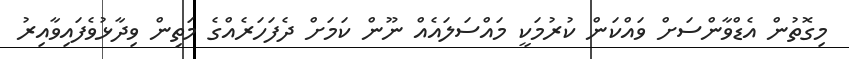
މިގޮތުން އެޑްވާންސަށް ވައްކަން ކުރުމަކީ މައްސަލައެއް ނޫން ކަމަށް ދެފަހަރެއްގެ މަތިން ވިދާޅުވެފައިވާއިރު